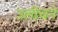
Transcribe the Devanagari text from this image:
उलीचने